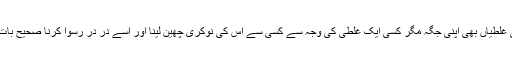
صحافیوں کی غلطیاں بھی اپنی جگہ مگر کسی ایک غلطی کی وجہ سے کسی سے اس کی نوکری چھین لینا اور اسے در در رسوا کرنا صحیح بات تو نہیں ہے۔